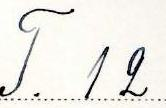
T. 12